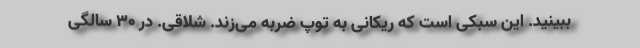
ببینید. این سبکی است که ریکانی به توپ ضربه می‌زند. شلاقی. در 30 سالگی